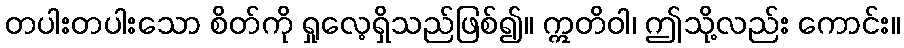
တပါးတပါးသော စိတ်ကို ရှုလေ့ရှိသည်ဖြစ်၍။ ဣတိဝါ၊ ဤသို့လည်း ကောင်း။